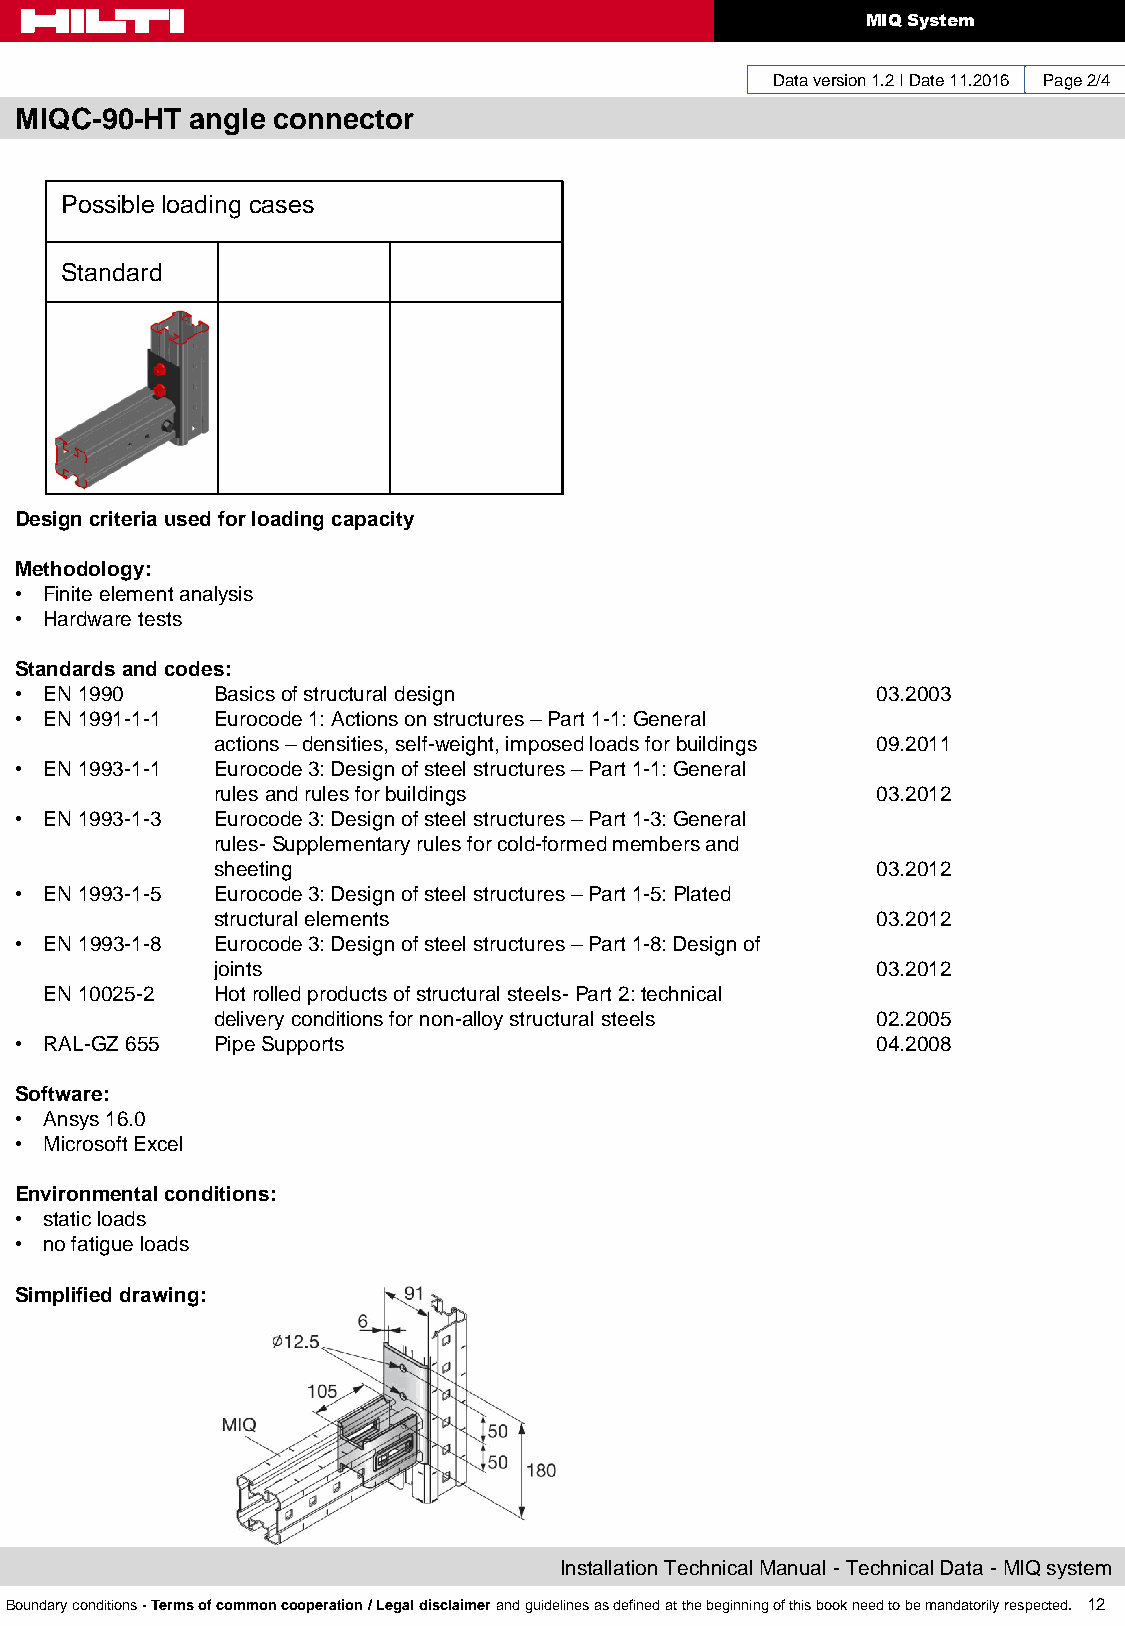
MIQ System
 Data version 1.2 I Date 11.2016 Page 2/4
 MIQC-90-HT  angle connector
 Possible loading cases
 Standard
 Design criteria used for loading capacity
 Methodology:
 • Finite element analysis
 • Hardware tests
 Standards and codes:
 • EN 1990    Basics of structural design                 03.2003
 • EN 1991-1-1 Eurocode 1: Actions on structures – Part 1-1: General
 actions – densities, self-weight, imposed loads for buildings 09.2011
 • EN 1993-1-1 Eurocode 3: Design of steel structures – Part 1-1: General
 rules and rules for buildings               03.2012
 • EN 1993-1-3 Eurocode 3: Design of steel structures – Part 1-3: General
 rules- Supplementary rules for cold-formed members and
 sheeting                                    03.2012
 • EN 1993-1-5 Eurocode 3: Design of steel structures – Part 1-5: Plated
 structural elements                         03.2012
 • EN 1993-1-8 Eurocode 3: Design of steel structures – Part 1-8: Design of
 joints                                      03.2012
 EN 10025-2 Hot rolled products of structural steels- Part 2: technical
 delivery conditions for non-alloy structural steels 02.2005
 • RAL-GZ 655 Pipe Supports                               04.2008
 Software:
 • Ansys 16.0
 • Microsoft Excel
 Environmental conditions:
 • static loads
 • no fatigue loads
 Simplified drawing:
 Installation Technical Manual - Technical Data - MIQ system
 Boundary conditions - Terms of common cooperation / Legal disclaimer and guidelines as defined at the beginning of this book need to be mandatorily respected. 12